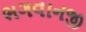
ભગવાનજી